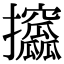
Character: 攨